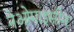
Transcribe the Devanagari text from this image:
नेओमाइसीन